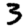
Digit: 3